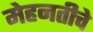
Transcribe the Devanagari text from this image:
मेहनतीचे